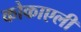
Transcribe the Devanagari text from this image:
कोकाएली